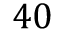
4 0